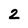
Character: 2